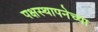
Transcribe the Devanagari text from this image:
पक्षस्थापनेच्या